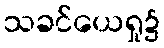
သခင်ယေရှု၌